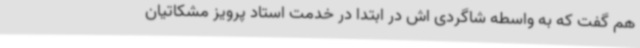
هم گفت که به واسطه شاگردی اش در ابتدا در خدمت استاد پرویز مشکاتیان